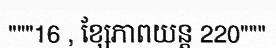
"""16 , ខ្សែភាពយន្ត 220"""